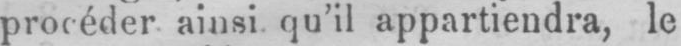
procéder ainsi qu’il appartiendra, le